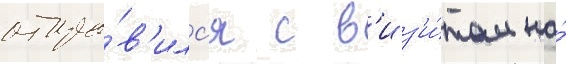
отпра́в'илс'я с в'из'и́том на́